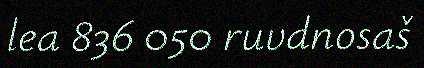
lea 836 050 ruvdnosaš